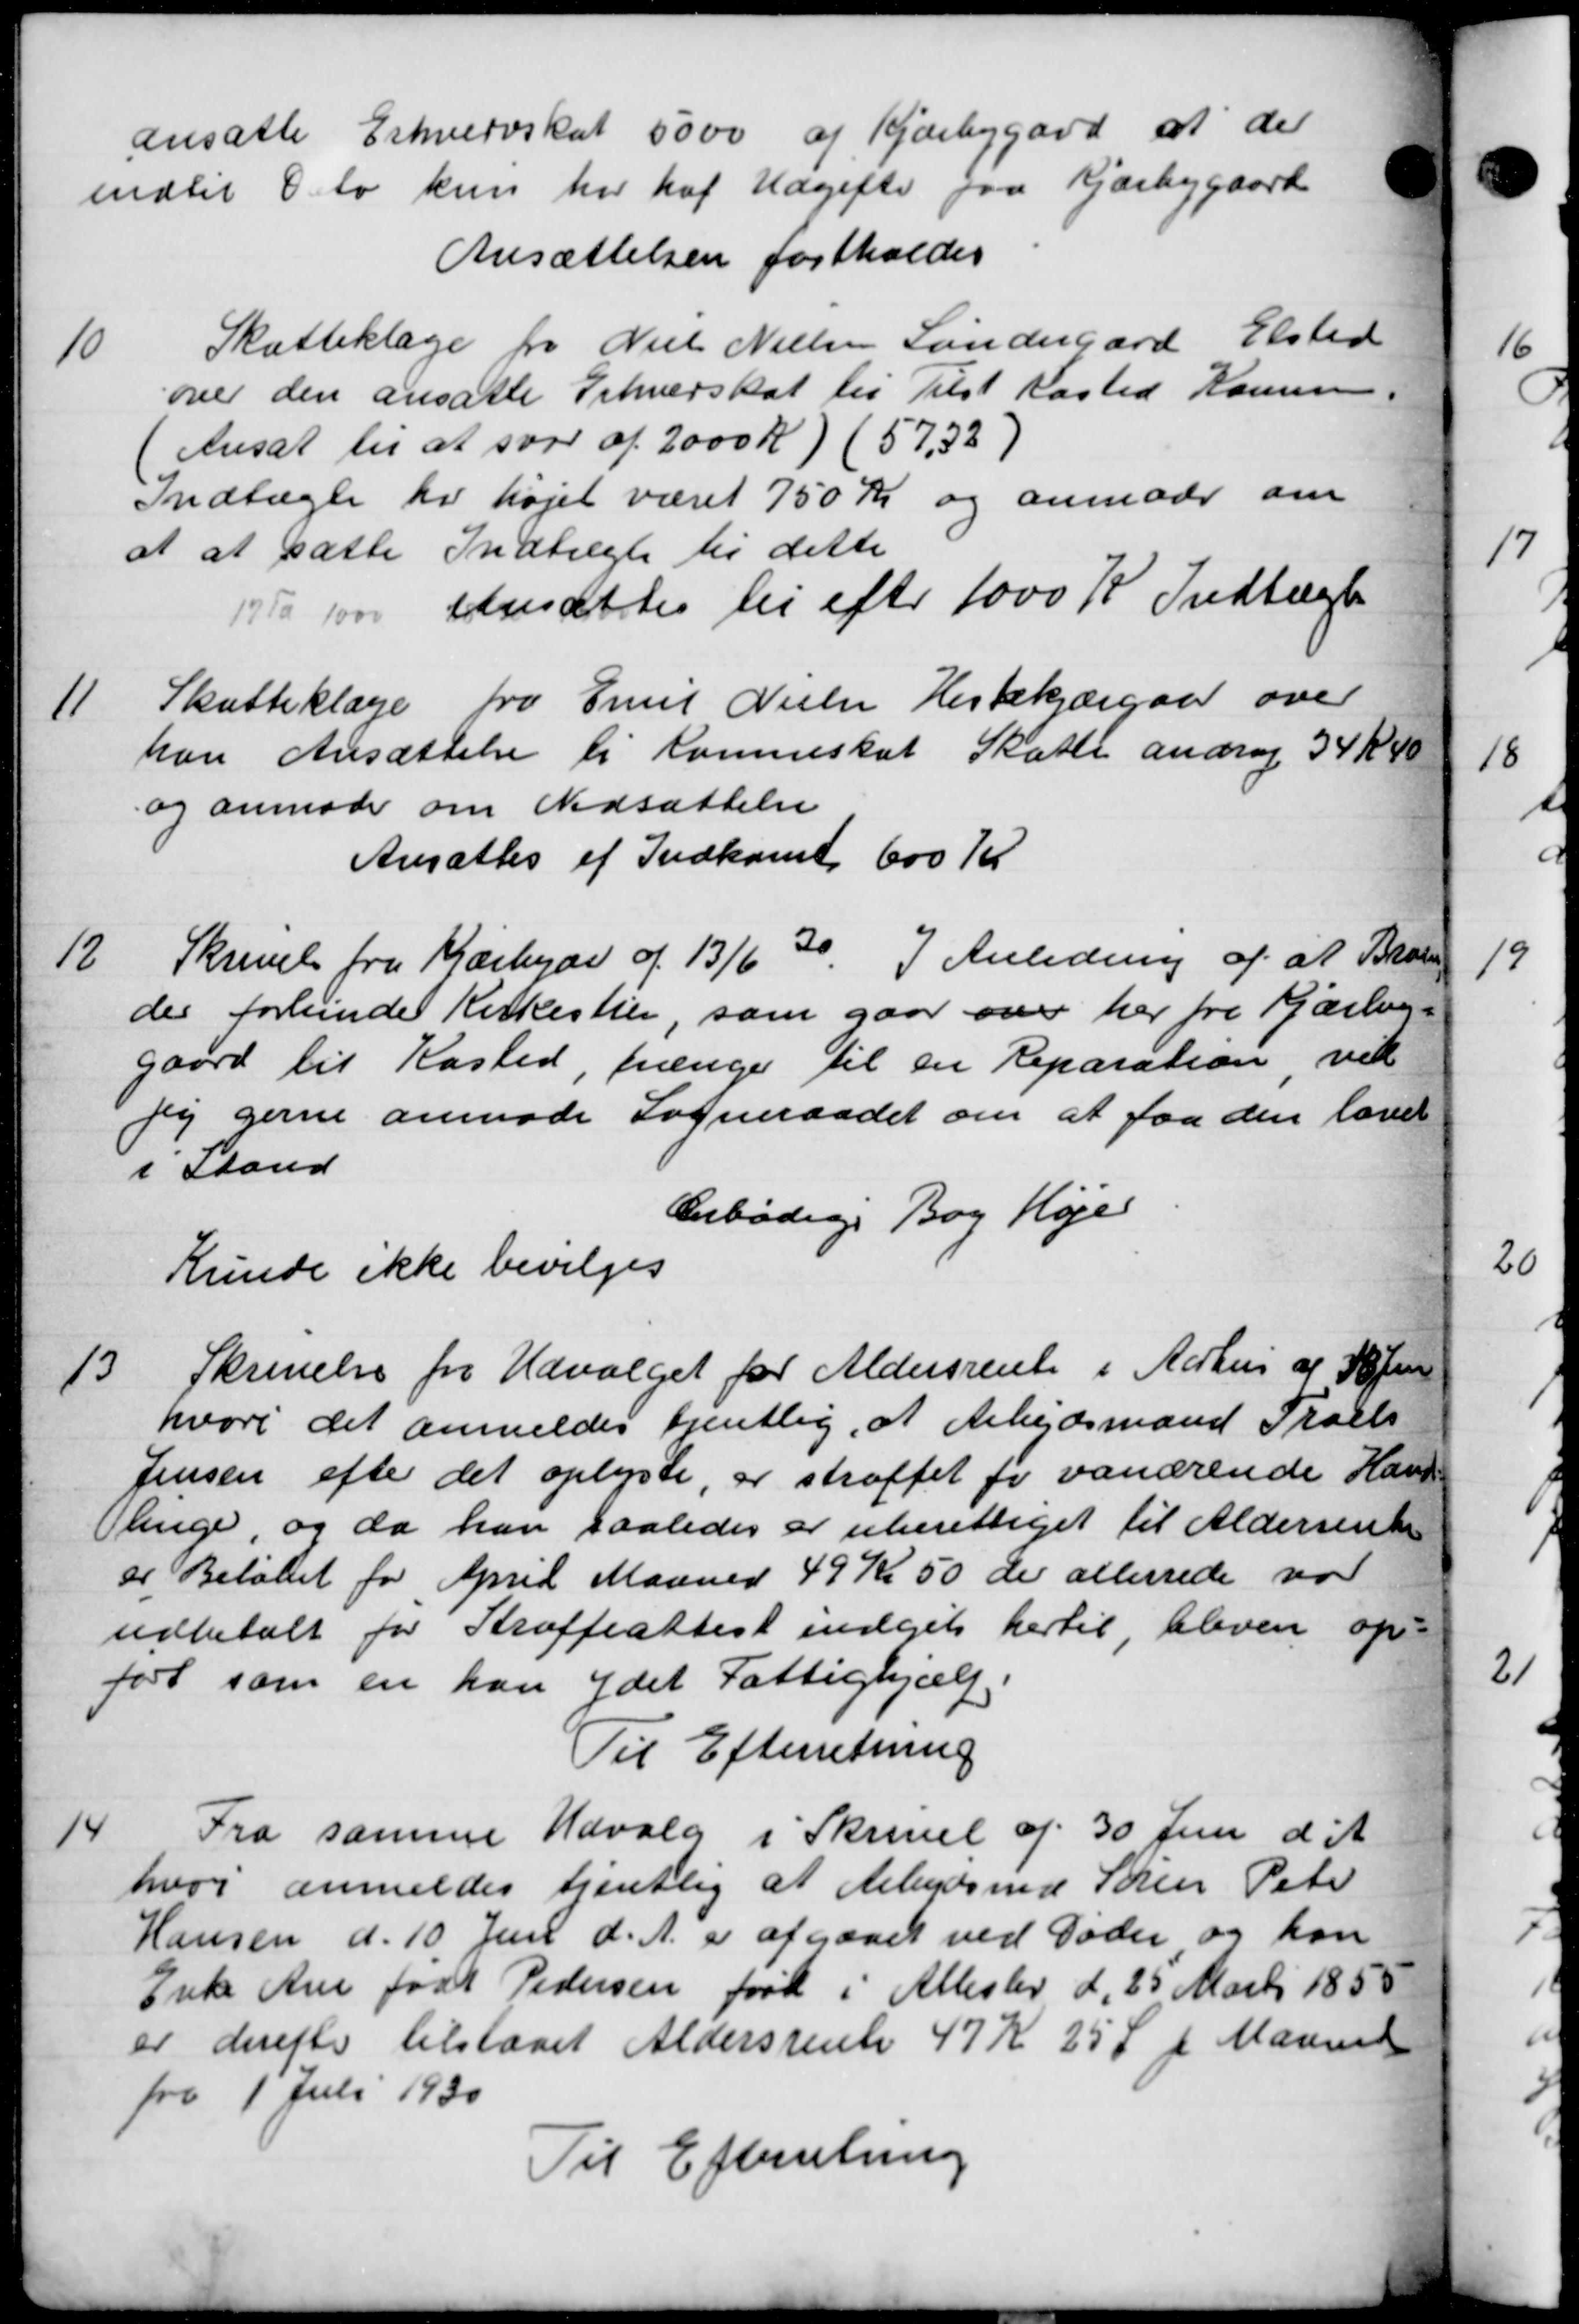
Transskription:
ansatte Erhvervskat 5000 af Kjærbygård at der
indtil D. do kun har haf Udgifter paa Kjærbygaard
Ansættelsen fastholdes
10
Skatteklage fra Niels Nielsen Søndergard Elsted
over den ansatte Erhverskat til Tilst Kasted Komunen.
(Ansat til at svar af 2000 Kr) (57,32,
Indtægte er højet været 750 Kr og anmoder om
at at sætte Indtægte til dette
 for ansættes til efter 1000 Kr Indtægt
11
Skatteklage fra Emil Nielsen Hestekjærgaar over
kan Ansættelse i Komneskat Skatte andrag 34 Kr 40
og anmoder om Nedsættelse
Ansættes af Indkomt 600 Kr
12
Skrivelse fra Kjærbyer af 13/6 30 I Anledning af at Brann
der forhinde Kirkestien, som gaar over her fra Kjærling-
gaard til Kasted, prænger til en Reparation ved
jeg gerne anmode Sogneraadet om at faa den lavet
i Stand
Ærbødig. Bog Højer
Kunde ikke bevilges
13.
Skrivelse fra Udvalget for Aldersrente i Aarhus af 18 Jun
hvori det anmeldes tjentlig, at Arbejdsmand Troels
Jensen efter det oplyste, er straffet fr vanærende Hans
linge, og da han saaledes er uberettiget til Aldersrente
er Beløbet for April Maaned 49 Kr 50 der allerrede var
udbetalt for Straffeattest indgik hertil, bleven op-
ført som en kan ydet Fattighjælp.
Til Efterretning
14
Fra samme Udvalg i Skrivel af 30 Juni d. A.
hvor anmeldes tjentlig at Arbejdsmd Søren Peter
Hansen d. 10. Juni d. A. er afgaaet ved Døder og kan
Enke Ane Jodt Pedersen ført i Allester d. 25 Marts 1855
er derefter tilstaaet Aldersrente 47 Kr 25 Ø pr Maaned
fra 1 Juli 1930
Til Efterretning